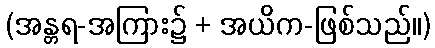
(အန္တရ-အကြား၌ + အယိက-ဖြစ်သည်။)